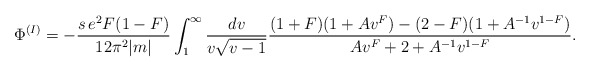
\begin{align*}{\Phi}^{(I)} = -\frac{s\,e^{2}F(1-F)}{12{\pi}^{2}|m|}\int_{1}^{\infty}\frac{dv}{v{\sqrt{v-1}}}\frac{(1+F)(1 + A{v}^{F}) - (2-F)(1 +A^{-1}v^{1-F})}{A{v}^{F} + 2 + A^{-1}v^{1-F}}.\end{align*}